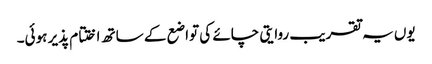
یوں یہ تقریب روایتی چائے کی تواضع کے ساتھ اختتام پذیر ہوئی۔